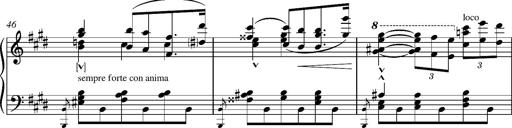
Title: Madrigal
Composer: Lucien Wurmser
Key: A major